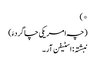
*)
(چہ امریکی چاگردءَ)
نبشتہ : اسٹیفن آر۔